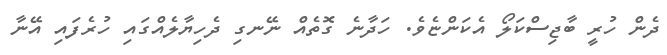
ދެން ހުރީ ބާޖިސްކަލޯ އެކަންޏެވެ. ހަދާނެ ގޮތެއް ނޭނގި ދެހިޔާލެއްގައި ހުރެފައި އޭނާ